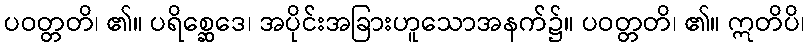
ပဝတ္တတိ၊ ၏။ ပရိစ္ဆေဒေ၊ အပိုင်းအခြားဟူသောအနက်၌။ ပဝတ္တတိ၊ ၏။ ဣတိပိ၊